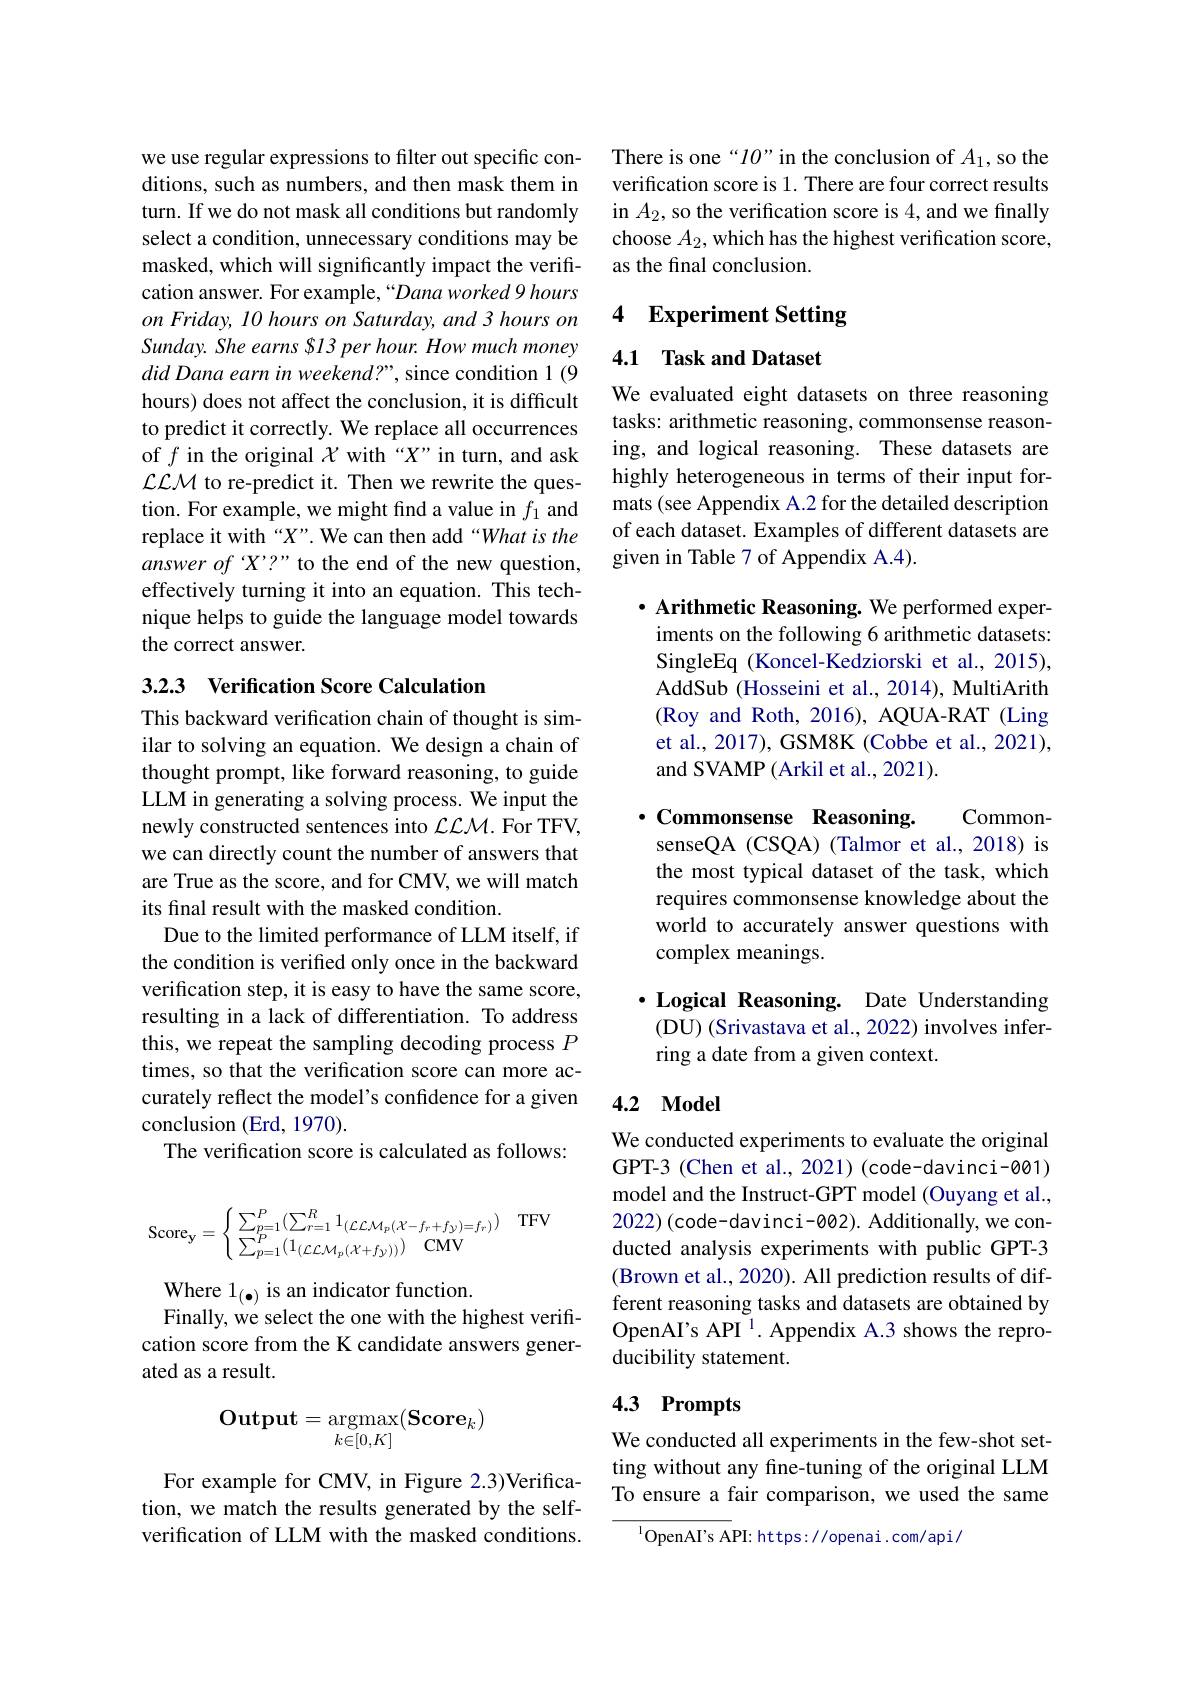
we use regular expressions to filter out specific conditions, such as numbers, and then mask them in turn. If we do not mask all conditions but randomly select a condition, unnecessary conditions may be masked, which will significantly impact the verification answer. For example, “Dana worked 9 hours on Friday, 10 hours on Saturday, and 3 hours on Sunday. She earns SI3 per hour. How much money did Dana earn in weekend?”, since condition 1(9 hours) does not affect the conclusion, it is difficult to predict it correctly. We replace all occurrences of $f$ in the original $\chi$ with “X”in turn, and ask $\mathcal{LLM}$ to re-predict it. Then we rewrite the question. For example, we might find a value in $f_1$ and replace it with “X”. We can then add“What is the answer of X'?" to the end of the new question, effectively turning it into an equation. This technique helps to guide the language model towards the correct answer.

## 3.2.3 Verification Score Calculation

This backward verification chain of thought is similar to solving an equation. We design a chain of thought prompt, like forward reasoning, to guide LLM in generating a solving process. We input the newly constructed sentences into $\mathcal{LLM}.$ For TFV, we can directly count the number of answers that are True as the score, and for CMV, we will match its final result with the masked condition.
Due to the limited performance of LLM itself, if the condition is verified only once in the backward verification step, it is easy to have the same score, resulting in a lack of differentiation. To address this, we repeat the sampling decoding process $P$ times, so that the verification score can more accurately reflect the model's confidence for a given conclusion (Erd, 1970).
The verification score is calculated as follows:
$$\mathrm{Score}_{\mathbf{y}}=\begin{cases}\:\sum_{p=1}^P(\sum_{r=1}^R1_{(\mathcal{LLM}_p(\mathcal{X}-f_r+f_{\mathcal{Y}})=f_r)})\\\:\sum_{p=1}^P(1_{(\mathcal{LLM}_p(\mathcal{X}+f_{\mathcal{Y}}))})\quad\mathrm{CMV}\end{cases}$$
${\mathrm{Where~1}_{(\bullet)}}{\mathrm{~is~an~indicator~function.}}$
Finally, we select the one with the highest verification score from the K candidate answers generated as a result.
$$\mathbf{Output}=\underset{k\in[0,K]}{\operatorname*{argmax}}(\mathbf{Score}_k)$$
For example for CMV, in Figure 2.3)Verification, we match the results generated by the selfverification of LLM with the masked conditions.

There is one“10”in the conclusion of $A_1$, so the verification score is 1. There are four correct results in $A_2$, so the verification score is 4, and we finally choose $A_2$, which has the highest verification score, as the final conclusion.

## 4 Experiment Setting

4.1 Task and Dataset

We evaluated eight datasets on three reasoning tasks: arithmetic reasoning, commonsense reasoning, and logical reasoning. These datasets are highly heterogeneous in terms of their input formats (see Appendix A.2 for the detailed description of each dataset. Examples of different datasets are given in Table 7 of Appendix A.4).

$\cdot$ Arithmetic Reasoning. We performed experiments on the following 6 arithmetic datasets: SingleEq (Koncel-Kedziorski et al., 2015), AddSub (Hosseini et al., 2014), MultiArith (Roy and Roth, 2016), AQUA-RAT (Ling et al., 2017), GSM8K (Cobbe et al., 2021), and SVAMP (Arkil et al., 2021).

$\cdot$Commonsense Reasoning.

Common-
senseQA (CSQA) (Talmor et al., 2018) is the most typical dataset of the task, which requires commonsense knowledge about the world to accurately answer questions with complex meanings.

$\cdot$ Logical Reasoning. Date Understanding
(DU) (Srivastava et al., 2022) involves infer-
ring a date from a given context.

## 4.2 Model

We conducted experiments to evaluate the original GPT-3 (Chen et al., 2021) (code-davinci-001) model and the Instruct-GPT model (Ouyang et al., 2022)(code-davinci-002). Additionally, we conducted analysis experiments with public GPT-3 (Brown et al., 2020). All prediction results of different reasoning tasks and datasets are obtained by OpenAI's API $^1.$ Appendix A.3 shows the reproducibility statement.

# 4.3 Prompts

We conducted all experiments in the few-shot setting without any fine-tuning of the original LLM To ensure a fair comparison, we used the same

$^{1}$OpenAI's API: https://openai.com/api/